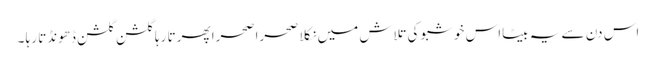
اس دن سے یہ بیٹااس خوشبو کی تلاش میں نکلا صحرا صحرا پھرتا رہا گلشن گلشن ڈھونڈتا رہا ۔